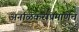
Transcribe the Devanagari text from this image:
अर्नाळकरांप्रमाणेच